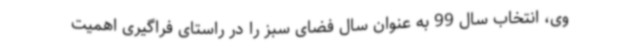
وی، انتخاب سال 99 به عنوان سال فضای سبز را در راستای فراگیری اهمیت